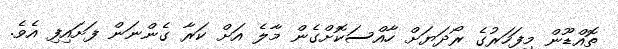
ތޮއްޑޫން މިފަހަރުގެ ރޯދަޔަށް ހާއްސަކޮށްގެން މާލެ އަށް ކަރާ ގެންނަން ފަށައިފި އެވެ.